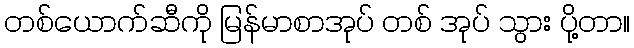
တစ်ယောက်ဆီကို မြန်မာစာအုပ် တစ် အုပ် သွား ပို့တာ။